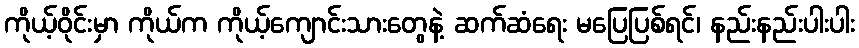
ကိုယ့်ဝိုင်းမှာ ကိုယ်က ကိုယ့်ကျောင်းသားတွေနဲ့ ဆက်ဆံရေး မပြေပြစ်ရင်၊ နည်းနည်းပါးပါး